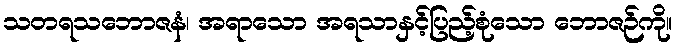
သတရသဘောဇနံ၊ အရာသော အရသာနှင့်ပြည့်စုံသော ဘောဇဉ်ကို။